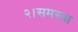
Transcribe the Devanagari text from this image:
२।समस्या